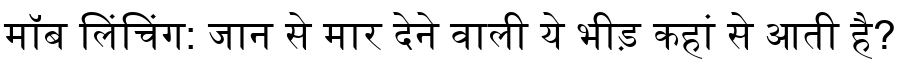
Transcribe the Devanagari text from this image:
मॉब लिंचिंग: जान से मार देने वाली ये भीड़ कहां से आती है?